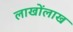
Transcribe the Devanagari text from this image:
लाखोंलाख